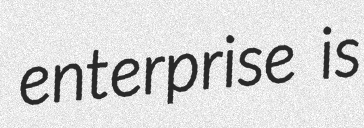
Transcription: enterprise is